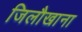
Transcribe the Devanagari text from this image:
जिलौखाना